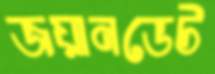
জয়ানডেট